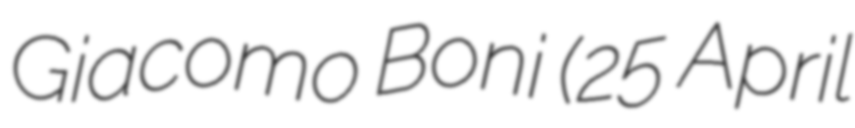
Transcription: Giacomo Boni (25 April